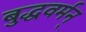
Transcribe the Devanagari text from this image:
बुद्धवर्मन्